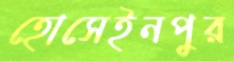
হোসেইনপুর